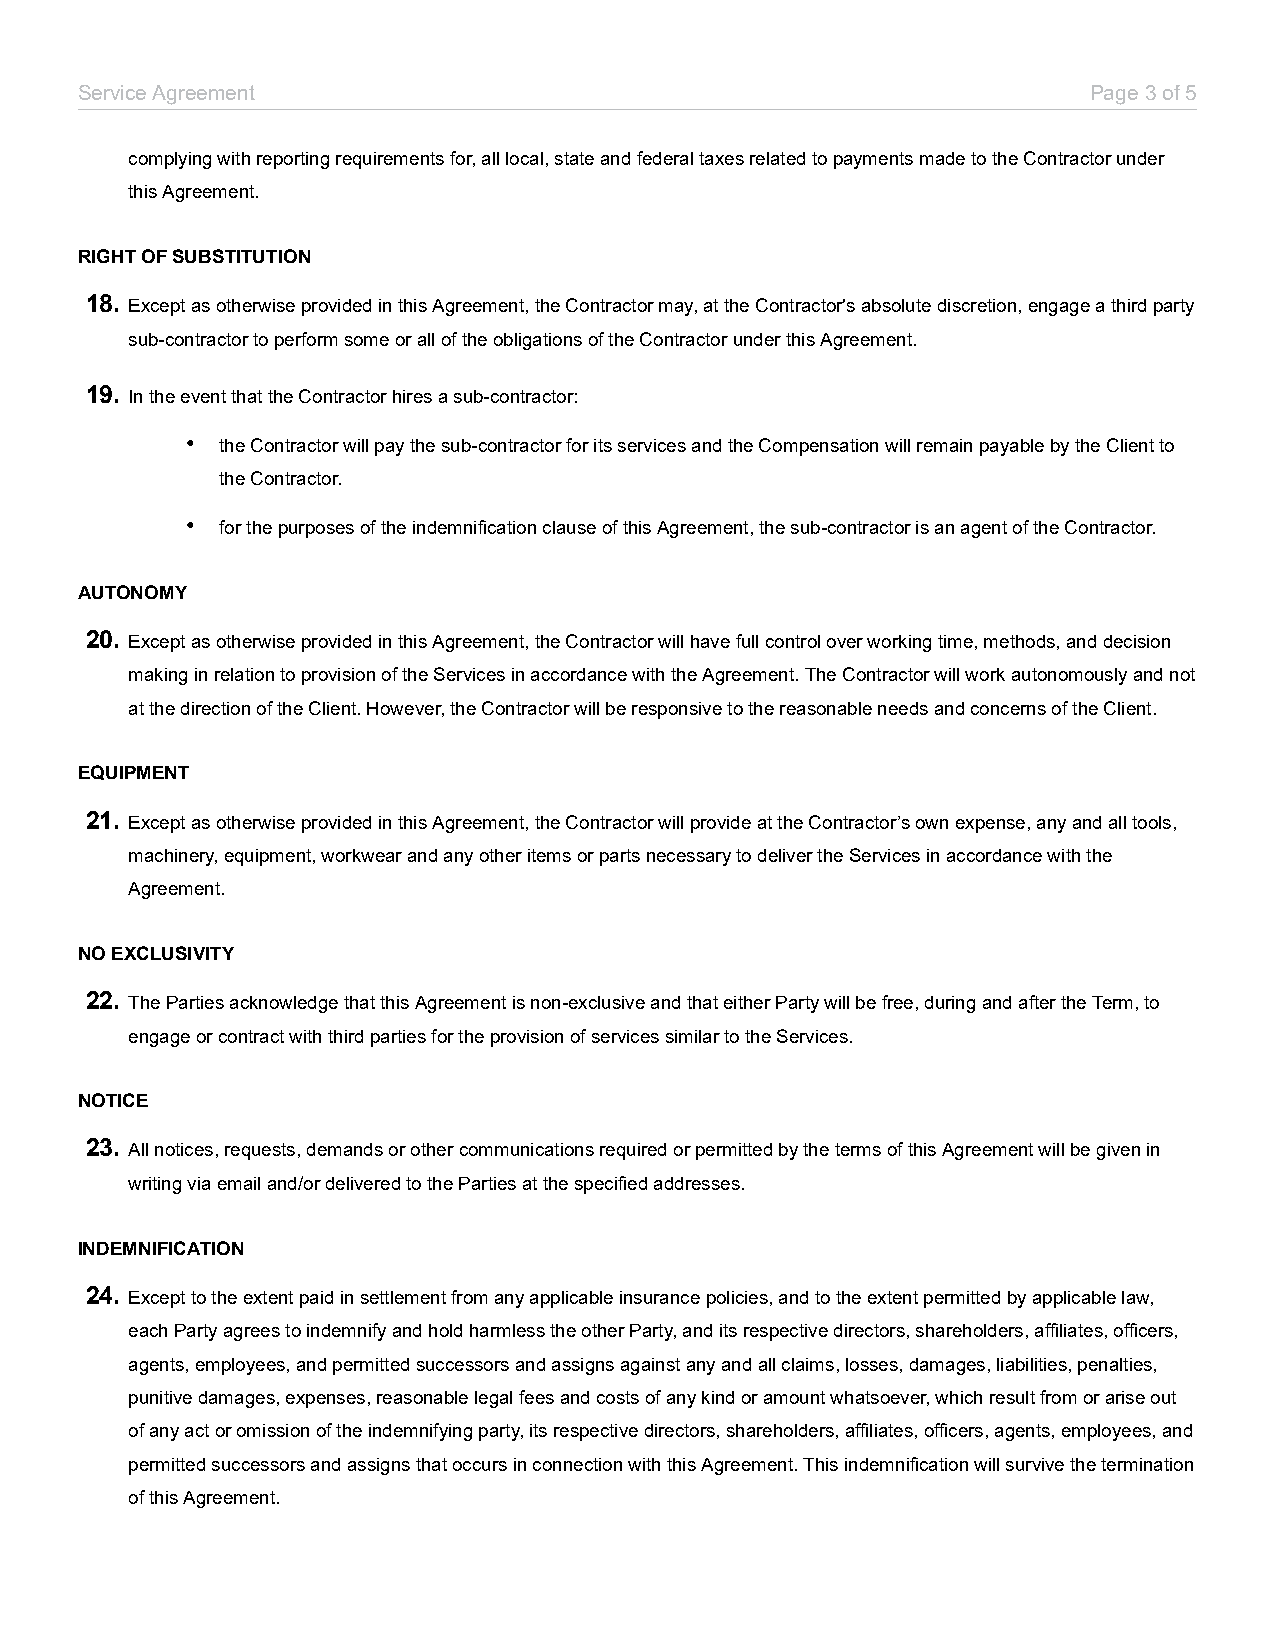
Service Agreement                                                  Page3of5
 complying with reporting requirements for, all local, state and federal taxes related to payments made to the Contractor under
 this Agreement.
 RIGHT OF SUBSTITUTION
 18. Except as otherwise provided in this Agreement, the Contractor may, at the Contractor's absolute discretion, engage a third party
 sub-contractor to perform some or all of the obligations of the Contractor under this Agreement.
 19. In the event that the Contractor hires a sub-contractor:
 •  the Contractor will pay the sub-contractor for its services and the Compensation will remain payable by the Client to
 the Contractor.
 •  for the purposes of the indemnification clause of this Agreement, the sub-contractor is an agent of the Contractor.
 AUTONOMY
 20. Except as otherwise provided in this Agreement, the Contractor will have full control over working time, methods, and decision
 making in relation to provision of the Services in accordance with the Agreement. The Contractor will work autonomously and not
 at the direction of the Client. However, the Contractor will be responsive to the reasonable needs and concerns of the Client.
 EQUIPMENT
 21. Except as otherwise provided in this Agreement, the Contractor will provide at the Contractor’s own expense, any and all tools,
 machinery, equipment, workwear and any other items or parts necessary to deliver the Services in accordance with the
 Agreement.
 NO EXCLUSIVITY
 22. The Parties acknowledge that this Agreement is non-exclusive and that either Party will be free, during and after the Term, to
 engage or contract with third parties for the provision of services similar to the Services.
 NOTICE
 23. All notices, requests, demands or other communications required or permitted by the terms of this Agreement will be given in
 writing via email and/or delivered to the Parties at the specified addresses.
 INDEMNIFICATION
 24. Except to the extent paid in settlement from any applicable insurance policies, and to the extent permitted by applicable law,
 each Party agrees to indemnify and hold harmless the other Party, and its respective directors, shareholders, affiliates, officers,
 agents, employees, and permitted successors and assigns against any and all claims, losses, damages, liabilities, penalties,
 punitive damages, expenses, reasonable legal fees and costs of any kind or amount whatsoever, which result from or arise out
 of any act or omission of the indemnifying party, its respective directors, shareholders, affiliates, officers, agents, employees, and
 permitted successors and assigns that occurs in connection with this Agreement. This indemnification will survive the termination
 of this Agreement.